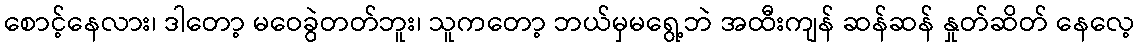
စောင့်နေလား၊ ဒါတော့ မဝေခွဲတတ်ဘူး၊ သူကတော့ ဘယ်မှမရွေ့ဘဲ အထီးကျန် ဆန်ဆန် နှုတ်ဆိတ် နေလေ့